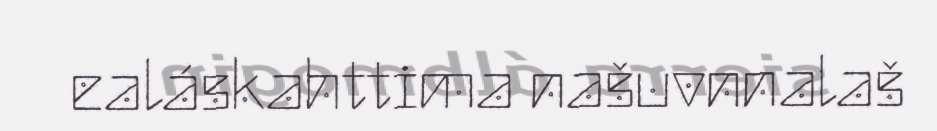
ealáskahttima našuvnnalaš